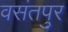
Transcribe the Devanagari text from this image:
वसंतपुर